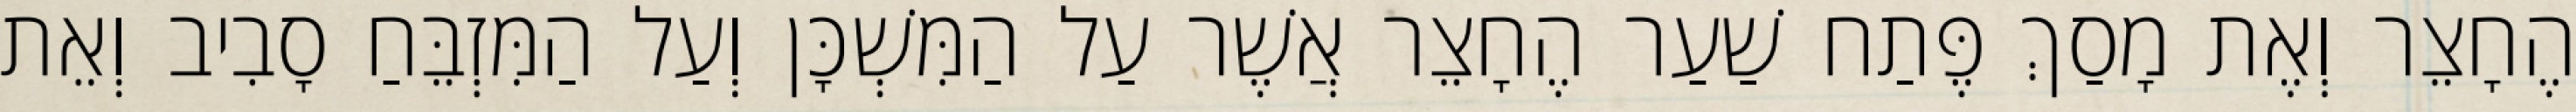
הֶחָצֵר וְאֶת מָסַךְ פֶּתַח שַׁעַר הֶחָצֵר אֲשֶׁר עַל הַמִּשְׁכָּן וְעַל הַמִּזְבֵּחַ סָבִיב וְאֵת